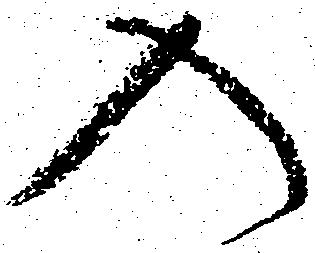
入